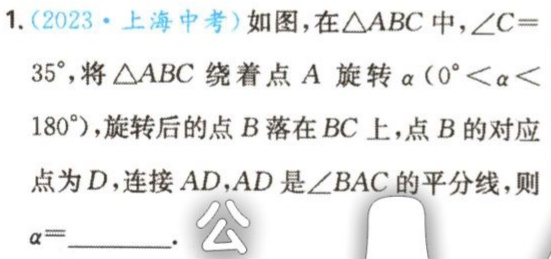
1.(2023·上海中考)如图，在\(\triangle ABC\)中，\(\angle C = 35^{\circ}\)，将\(\triangle ABC\)绕着点\(A\)旋转\(\alpha(0^{\circ}<\alpha< 180^{\circ})\)，旋转后的点\(B\)落在\(BC\)上，点\(B\)的对应点为\(D\)，连接\(AD\)，\(AD\)是\(\angle BAC\)的平分线，则\(\alpha =\)  ．